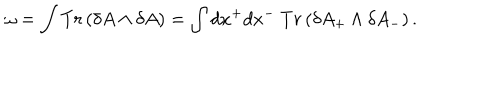
\omega = \int T r \left( \delta A \wedge \delta A \right) = \int d x ^ { + } d x ^ { - } ~ T r \left( \delta A _ { + } \wedge \delta A _ { - } \right) .